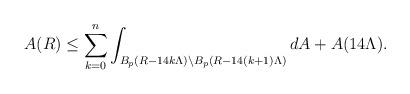
LaTeX: \begin{align*}A(R)\leq \sum_{k=0}^{n}\int_{B_p(R-14k\Lambda)\setminus B_p(R-14(k+1)\Lambda)}dA+A(14\Lambda).\end{align*}